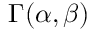
\Gamma ( \alpha , \beta )